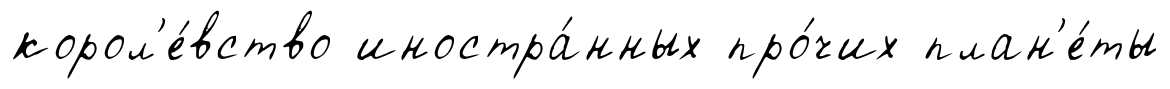
корол'е́вство иностра́нных про́чих план'е́ты